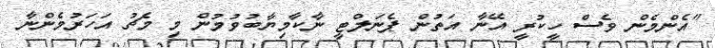
"އެންމެން ވެސް ހީކުރީ އޭނާ އަތުން ޕެނަލްޓީ ނާކާމިޔާބުވުމުން މި މެޗު އަހަރުމެންނާ